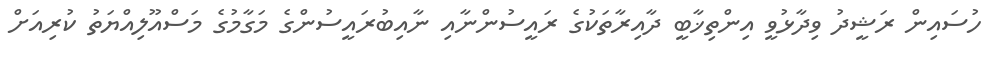
ހުސައިން ރަޝީދު ވިދާޅުވީ އިންތިޚާބީ ދާއިރާތަކުގެ ރައީސުންނާއި ނާއިބުރައީސުންގެ މަގާމުގެ މަސްއޫލިއްޔަތު ކުރިއަށް